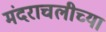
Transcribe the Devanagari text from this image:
मंदराचलीच्या